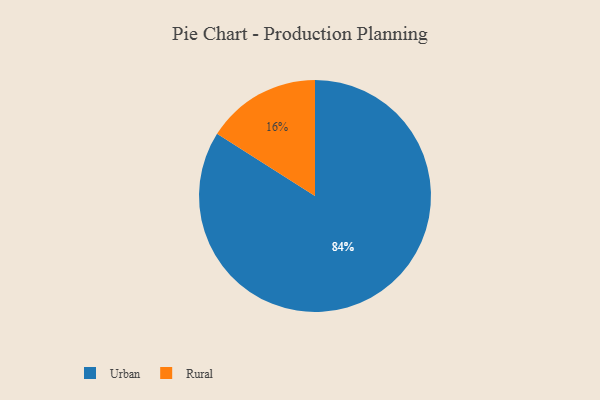
{"axis": {"x": "Category", "y": "Percentage"}, "legend": ["Rural", "Urban"], "data": [{"x": "Rural", "y": 16, "type": "Rural"}, {"x": "Urban", "y": 84, "type": "Urban"}]}